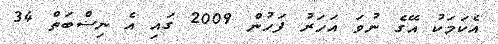
އެކަމަކު އޭގެ ނުވަ އަހަރު ފަހުން 2009 ގައި އެ ނިސްބަތް 34